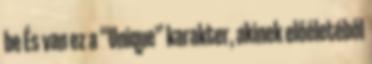
be És van ez a “Unique” karakter, akinek előéletéből